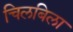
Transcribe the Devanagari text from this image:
चिलबिला